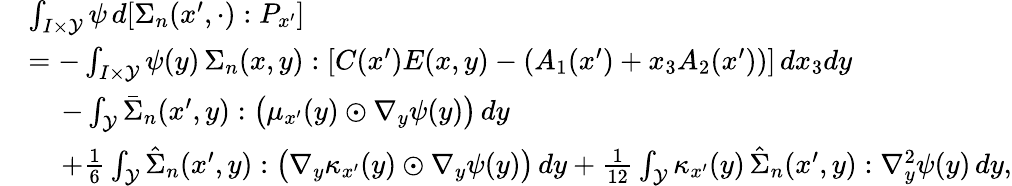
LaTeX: \begin{array}{rl}&{\int_{I\times\mathcal{Y}}\psi\, d[\Sigma_{n}(x^{\prime},\cdot):P_{x^{\prime}}]}\\ &{=-\int_{I\times\mathcal{Y}}\psi(y)\, \Sigma_{n}(x,y):\left[C(x^{\prime})E(x,y)-\left(A_{1}(x^{\prime})+x_{3}A_{2}(x^{\prime})\right)\right]\, dx_{3}dy}\\ &{\, \quad-\int_{\mathcal{Y}}\bar{\Sigma}_{n}(x^{\prime},y):\big(\mu_{x^{\prime}}(y)\odot\nabla_{y}\psi(y)\big)\, dy}\\ &{\, \quad+\frac{1}{6}\int_{\mathcal{Y}}\hat{\Sigma}_{n}(x^{\prime},y):\big(\nabla_{y}\kappa_{x^{\prime}}(y)\odot\nabla_{y}\psi(y)\big)\, dy+\frac{1}{12}\int_{\mathcal{Y}}\kappa_{x^{\prime}}(y)\, \hat{\Sigma}_{n}(x^{\prime},y):\nabla_{y}^{2}\psi(y)\, dy,}\end{array}